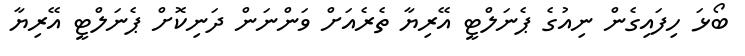
ބޯޅަ ހިފައިގެން ނިއުގެ ޕެނަލްޓީ އޭރިޔާ ތެރެއަށް ވަންނަން ދަނިކޮށް ޕެނަލްޓީ އޭރިޔާ